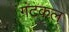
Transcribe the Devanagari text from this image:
गंटकल